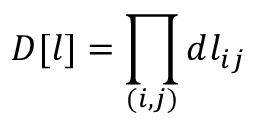
D [ l ] = \prod _ { ( i , j ) } d l _ { i j }